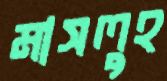
মাসলুহ